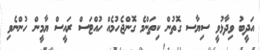
އަދީބު ވިދާޅުވީ ސިޔާސ ގޮތުން ކިތަންމެ ގޮންޖެހުމެއް ހުއްޓަސް ރައީސް ޔާމީން ހުންނެވި